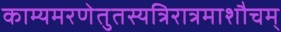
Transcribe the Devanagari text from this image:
काम्यमरणेतुतस्यत्रिरात्रमाशौचम्